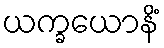
ယက္ခယောနိံ